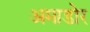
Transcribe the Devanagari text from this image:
अमाडोर